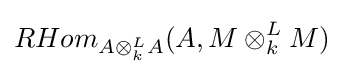
RHom_{A\otimes _{k}^{L}A}(A,M\otimes _{k}^{L}M)